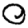
Digit: 0